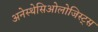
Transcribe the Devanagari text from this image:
अनेस्थेसिओलोजिस्ट्स